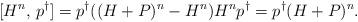
LaTeX: \begin{align*}[H^n, \, p^\dagger] = p^\dagger((H+P)^n-H^n) H^n p^\dagger = p^\dagger (H+P)^n.\end{align*}